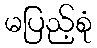
မပြည့်စုံ